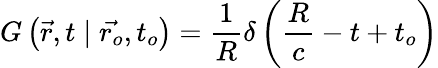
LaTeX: G\left(\vec{r},t\mid\vec{r_{o}},t_{o}\right)=\frac{1}{R}\delta\left(\frac{R}{c}-t+t_{o}\right)